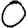
Digit: 0